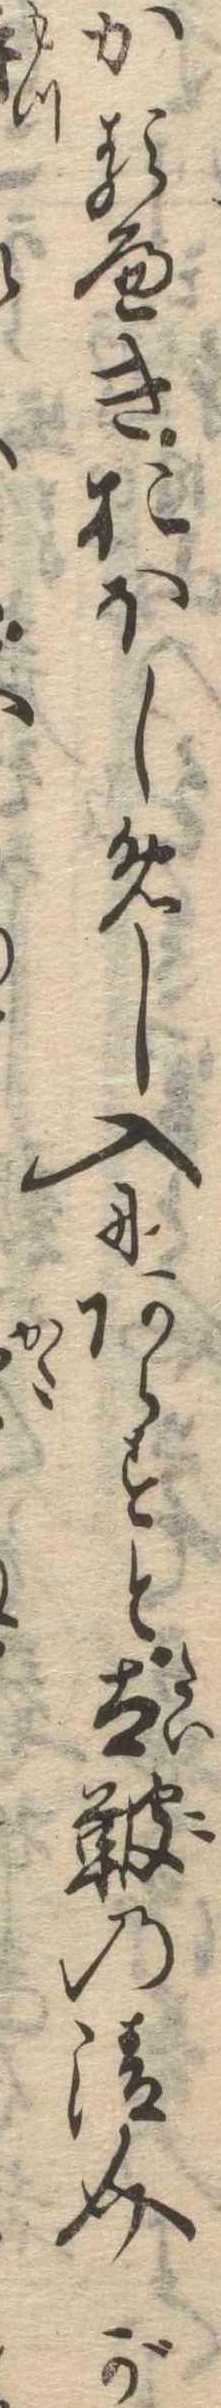
かるへきおほしめし入にあらすと太鞁の清介が